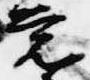
覚